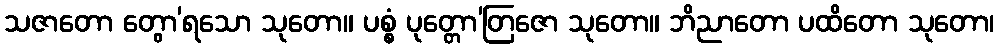
သဇာတော တွော’ရသော သုတော။ ပစ္စံ ပုတ္တော’တြဇော သုတော။ ဘိညာတော ပထိတော သုတော၊